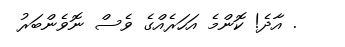
. އާދެ! ކޮންމެ އަހަރެއްގެ ވެސް ނޮވެންބަރު